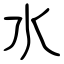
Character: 水